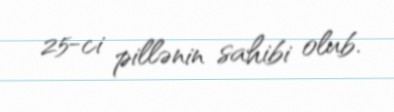
25-ci pillənin sahibi olub.